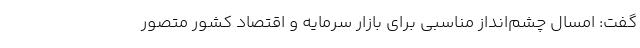
گفت: امسال چشم‌انداز مناسبی برای بازار سرمایه و اقتصاد کشور متصور